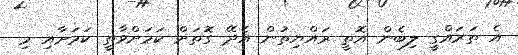
އެ ތަރައްގީ ލިބެން އޮތީ ރައްޔިތުން އެދޭ ގޮތަށް ކަމަށްވާތީ ކަމަށާއި މި